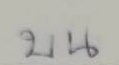
บน